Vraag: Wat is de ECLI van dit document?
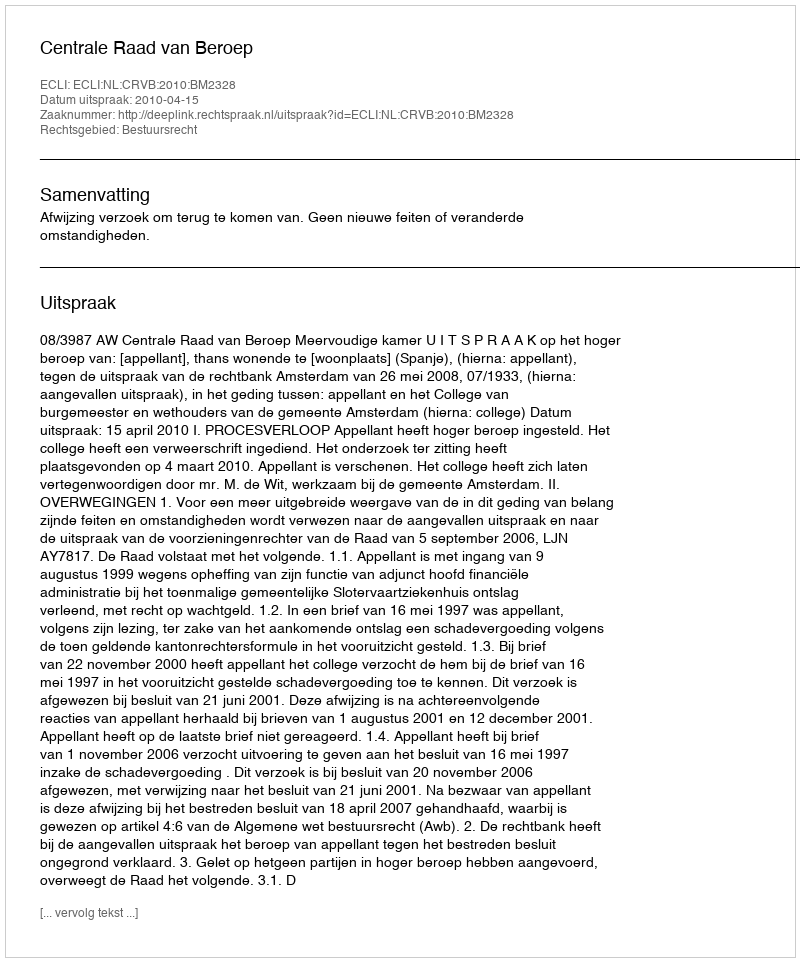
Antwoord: ECLI:NL:CRVB:2010:BM2328